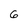
Character: 6